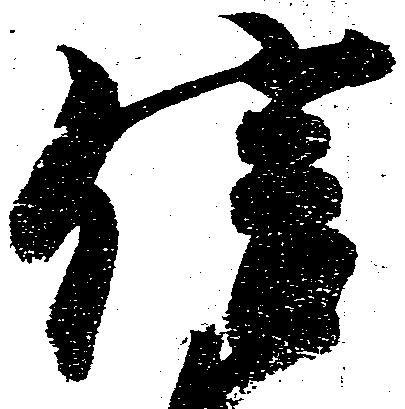
信